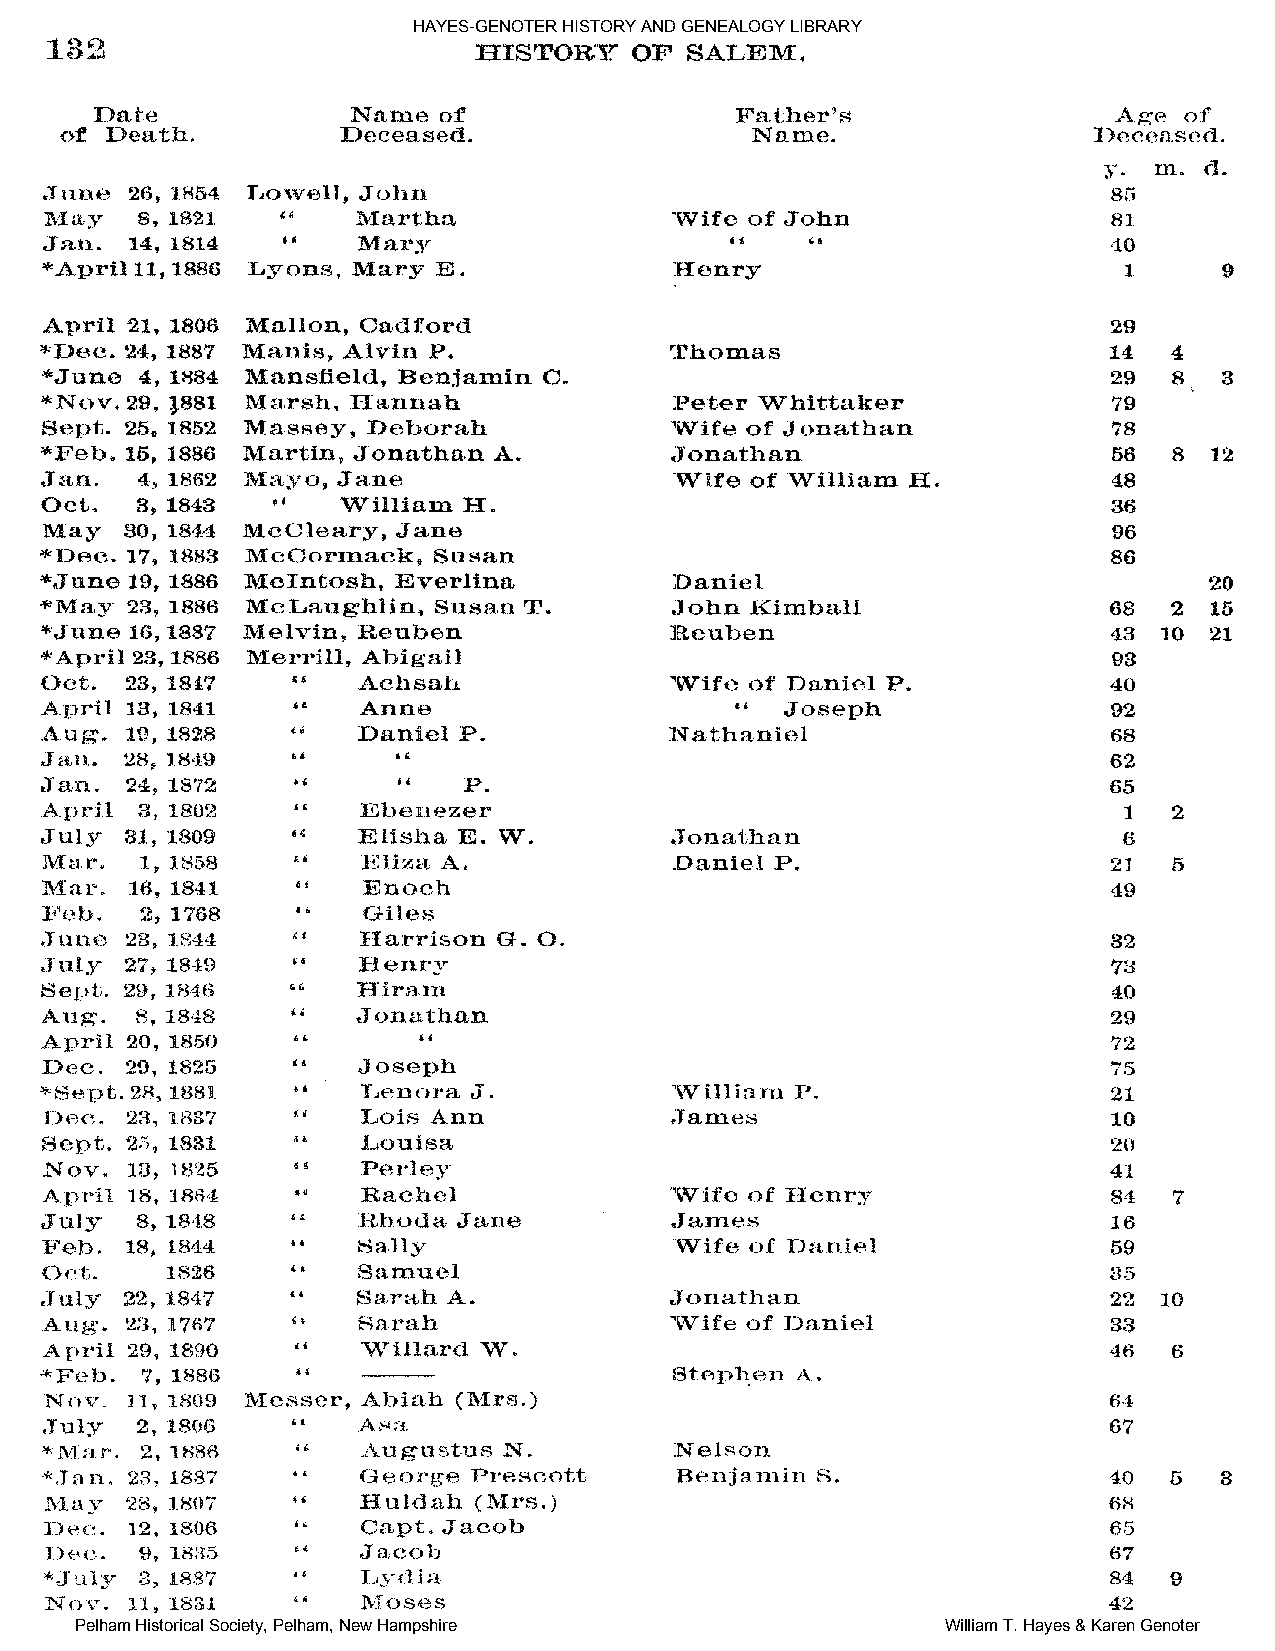
HAYES-GENOTER HISTORY AND GENEALOGY LIBRARY
 Pelham Historical Society, Pelham, New Hampshire          William T. Hayes & Karen Genoter